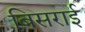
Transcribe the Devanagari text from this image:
बिसराई